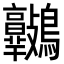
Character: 𪈷